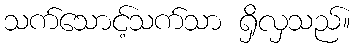
သက်သောင့်သက်သာ ရှိလှသည်။